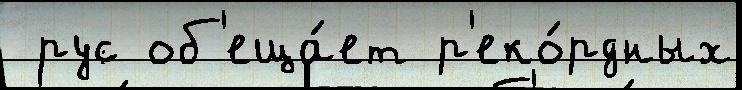
 рус об'еща́ет р'еко́рдных